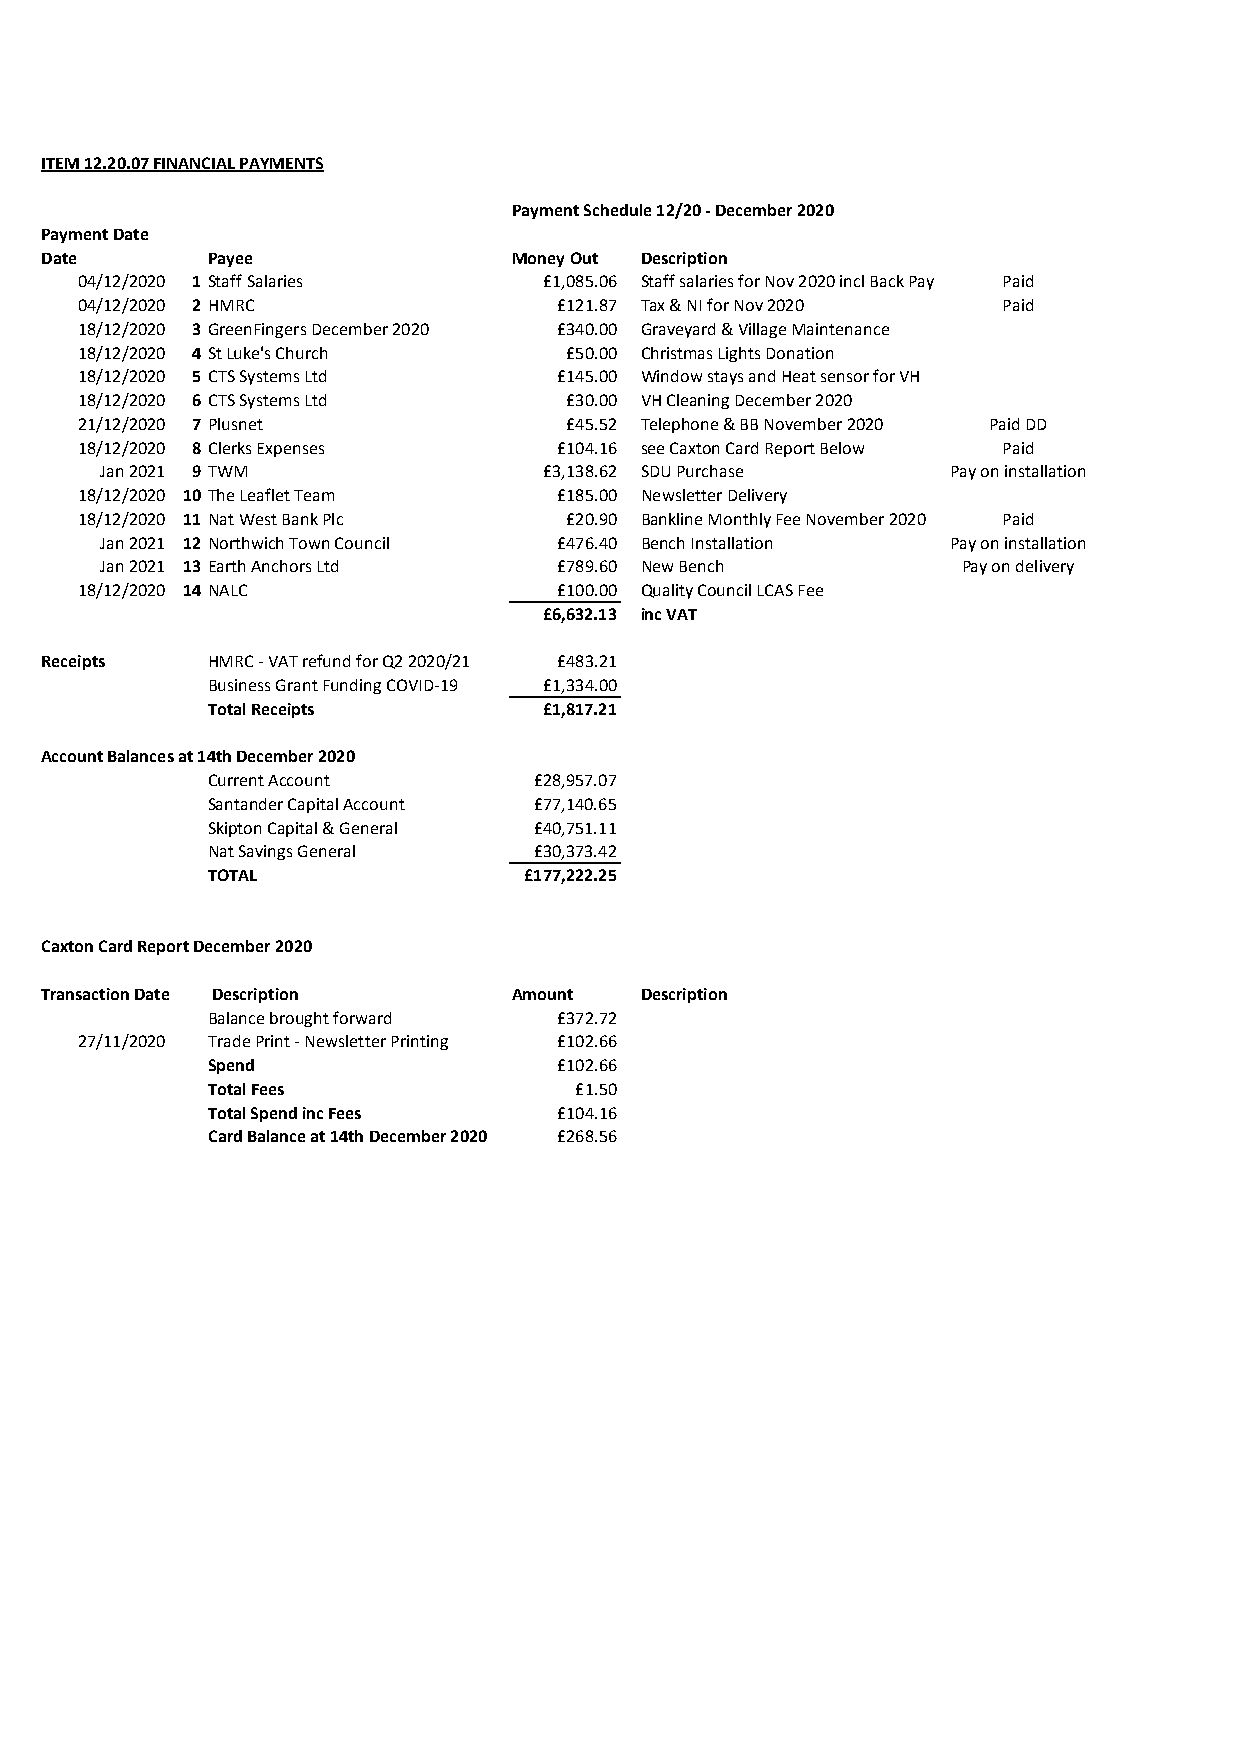
ITEM 12.20.07 FINANCIAL PAYMENTS
 Payment Schedule 12/20 - December 2020
 Payment Date
 Date       Payee               Money Out Description
 04/12/2020 1 Staff Salaries    £1,085.06 Staff salaries for Nov 2020 incl Back Pay Paid
 04/12/2020 2 HMRC               £121.87 Tax & NI for Nov 2020 Paid
 18/12/2020 3 GreenFingers December 2020 £340.00 Graveyard & Village Maintenance
 18/12/2020 4 St Luke's Church   £50.00 Christmas Lights Donation
 18/12/2020 5 CTS Systems Ltd    £145.00 Window stays and Heat sensor for VH
 18/12/2020 6 CTS Systems Ltd    £30.00 VH Cleaning December 2020
 21/12/2020 7 Plusnet            £45.52 Telephone & BB November 2020 Paid DD
 18/12/2020 8 Clerks Expenses    £104.16 see Caxton Card Report Below Paid
 Jan 2021 9 TWM               £3,138.62 SDU Purchase     Pay on installation
 18/12/2020 10 The Leaflet Team  £185.00 Newsletter Delivery
 18/12/2020 11 Nat West Bank Plc £20.90 Bankline Monthly Fee November 2020 Paid
 Jan 2021 12 Northwich Town Council £476.40 Bench Installation Pay on installation
 Jan 2021 13 Earth Anchors Ltd £789.60 New Bench          Pay on delivery
 18/12/2020 14 NALC              £100.00 Quality Council LCAS Fee
 £6,632.13 inc VAT
 Receipts   HMRC - VAT refund for Q2 2020/21 £483.21
 Business Grant Funding COVID-19 £1,334.00
 Total Receipts        £1,817.21
 Account Balances at 14th December 2020
 Current Account      £28,957.07
 Santander Capital Account £77,140.65
 Skipton Capital & General £40,751.11
 Nat Savings General  £30,373.42
 TOTAL                £177,222.25
 Caxton Card Report December 2020
 Transaction Date Description   Amount  Description
 Balance brought forward £372.72
 27/11/2020 Trade Print - Newsletter Printing £102.66
 Spend                  £102.66
 Total Fees              £1.50
 Total Spend inc Fees   £104.16
 Card Balance at 14th December 2020 £268.56